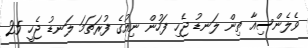
ވެލެންސިއާ ތިން ލަނޑު ޖެހި ފަހުން ނިއުގެ ފުރަތަމަ ލަނޑު ޖެހީ 25